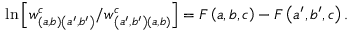
\ln \left[ w _ { \left( a , b \right) \left( a ^ { \prime } , b ^ { \prime } \right) } ^ { c } / w _ { \left( a ^ { \prime } , b ^ { \prime } \right) \left( a , b \right) } ^ { c } \right] = F \left( a , b , c \right) - F \left( a ^ { \prime } , b ^ { \prime } , c \right) .